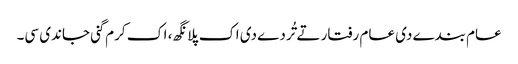
عام بندے دی عام رفتار تے تُردے دی اک پلانگھ، اک کرم گنی جاندی سی۔